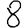
Digit: 8